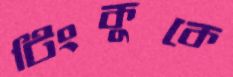
টিংকুকে